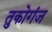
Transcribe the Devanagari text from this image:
तुकोगंज